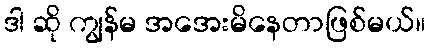
ဒါ ဆို ကျွန်မ အအေးမိနေတာဖြစ်မယ်။